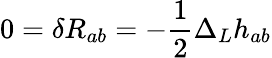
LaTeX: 0=\delta R_{ab}=-\frac{1}{2}\Delta_{L}h_{ab}